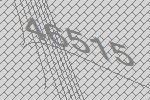
46515